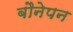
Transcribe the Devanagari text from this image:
बौनेपन